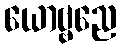
ယောဗ္ဗညေ